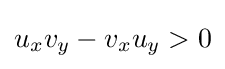
\displaystyle u_{x}v_{y}-v_{x}u_{y}>0